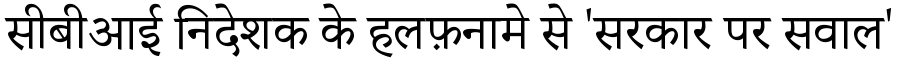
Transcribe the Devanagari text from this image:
सीबीआई निदेशक के हलफ़नामे से 'सरकार पर सवाल'